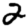
Digit: 2